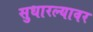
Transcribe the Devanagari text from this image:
सुधारल्यावर